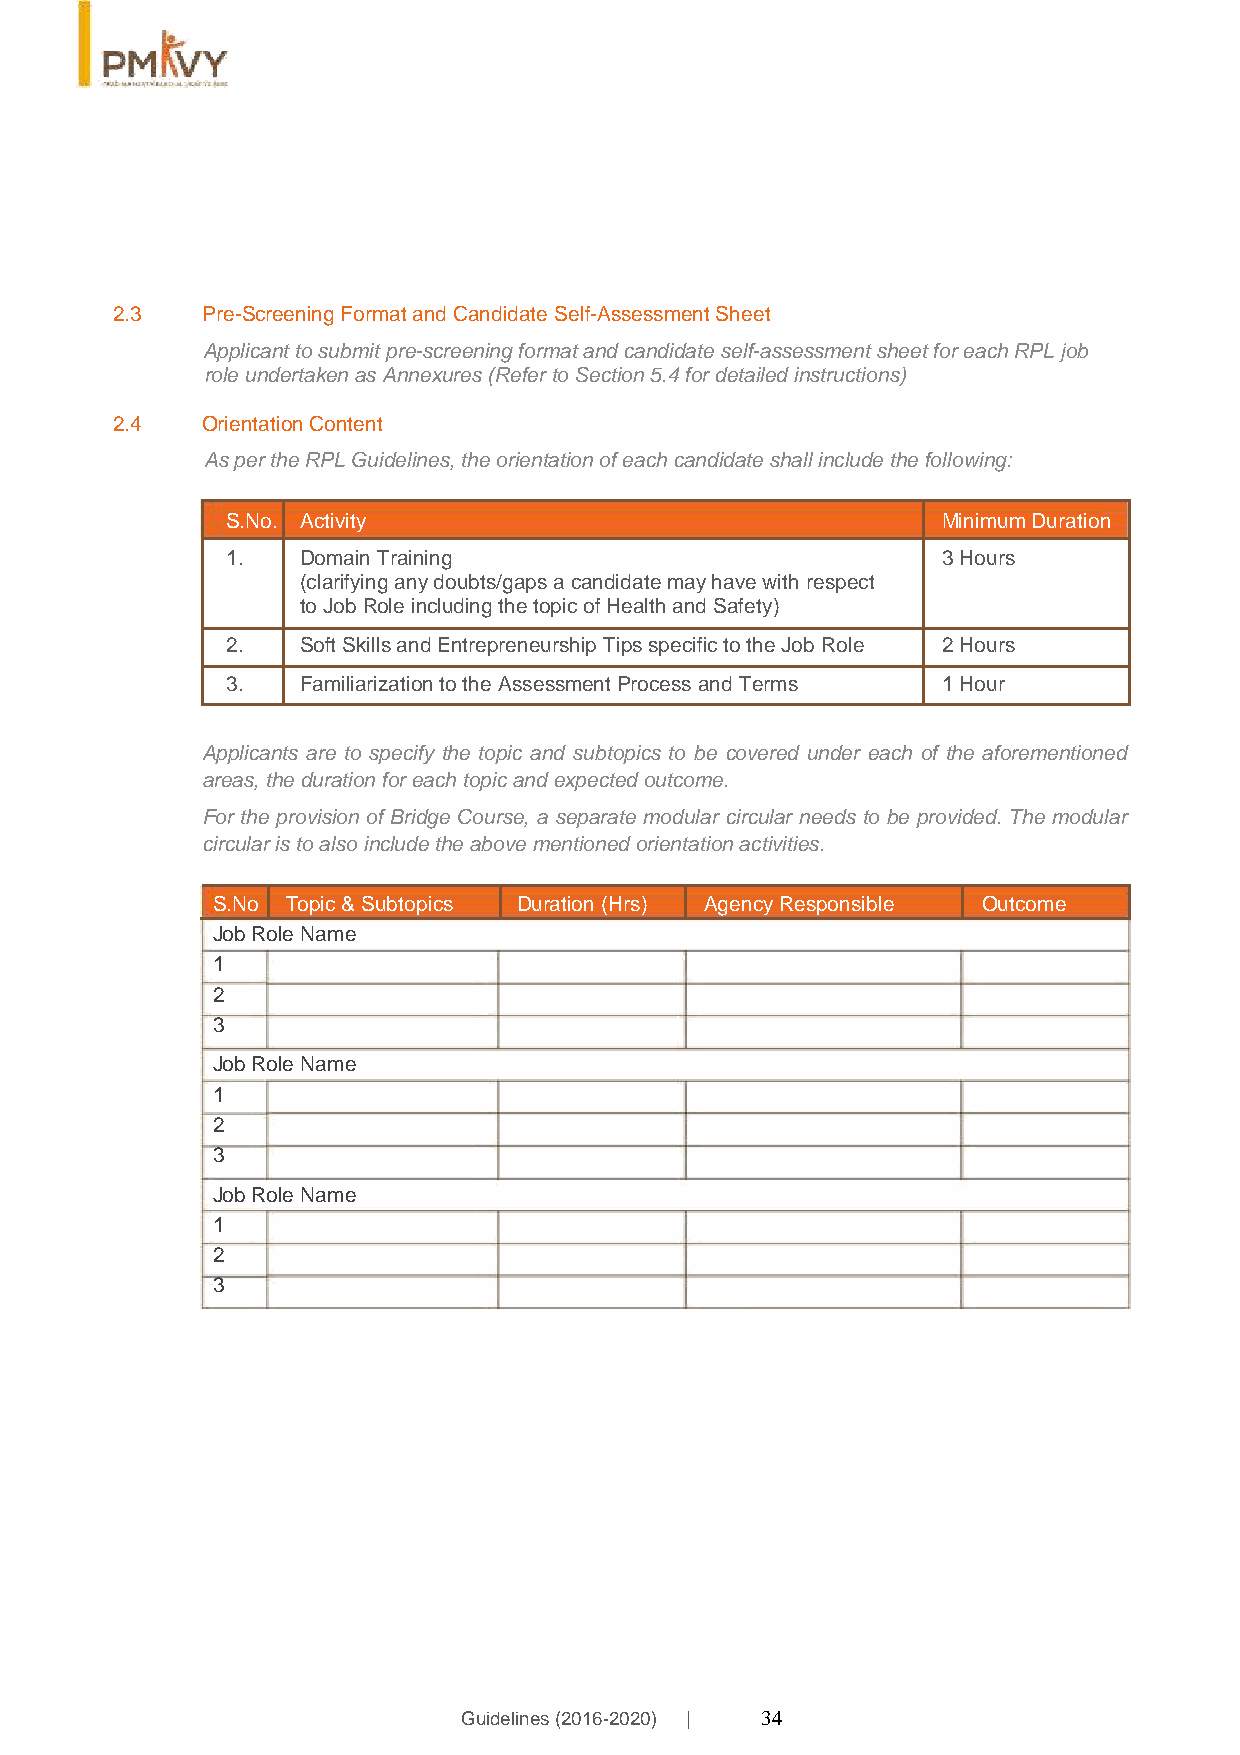
2.3   Pre-Screening Format and Candidate Self-Assessment Sheet
 Applicant to submit pre-screening format and candidate self-assessment sheet for each RPL job
 role undertaken as Annexures (Refer to Section 5.4 for detailed instructions)
 2.4   Orientation Content
 As per the RPL Guidelines, the orientation of each candidate shall include the following:
 S.No. Activity                                 Minimum Duration
 1.   Domain Training                           3 Hours
 (clarifying any doubts/gaps a candidate may have with respect
 to Job Role including the topic of Health and Safety)
 2.   Soft Skills and Entrepreneurship Tips specific to the Job Role 2 Hours
 3.   Familiarization to the Assessment Process and Terms 1 Hour
 Applicants are to specify the topic and subtopics to be covered under each of the aforementioned
 areas, the duration for each topic and expected outcome.
 For the provision of Bridge Course, a separate modular circular needs to be provided. The modular
 circular is to also include the above mentioned orientation activities.
 S.No Topic & Subtopics Duration (Hrs) Agency Responsible Outcome
 Job Role Name
 1
 2
 3
 Job Role Name
 1
 2
 3
 Job Role Name
 1
 2
 3
 Guidelines (2016-2020) | 34